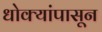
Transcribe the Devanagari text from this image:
धोक्यांपासून